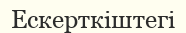
Ескерткіштегі